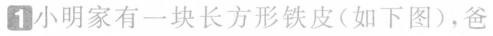
1小明家有一块长方形铁皮(如下图)，爸